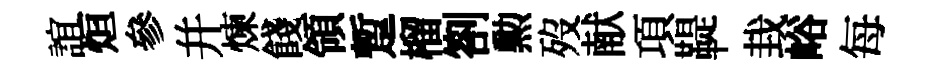
誼烜參幷煉餞領蹔榴劄勲歿献項鞮㘽峪每